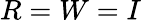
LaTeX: R=W=I